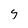
Character: g